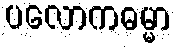
ပလောကဓမ္မာ